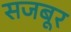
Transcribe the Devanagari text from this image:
सजबूर